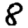
Digit: 8